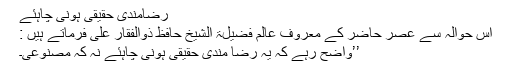
رضامندی حقیقی ہونی چاہئے
اس حوالہ سے عصرِ حاضر کے معروف عالم فضیلۃ الشیخ حافظ ذوالفقار علی فرماتے ہیں :
’’واضح رہے کہ یہ رضا مندی حقیقی ہونی چاہئے نہ کہ مصنوعی۔